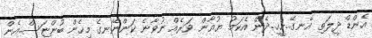
އެންޑް ދީލަތި އެނގޭ..ހީހީ..ދެން އެކަމު ޔުއާން ވަރެއް ނުވާނެ ކަންނޭނގެ މިހެން ބުންޏަސް..އެން